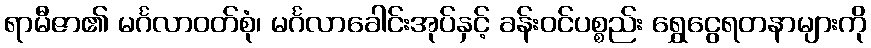
ရာမီဇာ၏ မင်္ဂလာဝတ်စုံ၊ မင်္ဂလာခေါင်းအုပ်နှင့် ခန်းဝင်ပစ္စည်း ရွှေငွေရတနာများကို